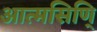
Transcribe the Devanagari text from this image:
आत्मसिणि्